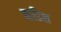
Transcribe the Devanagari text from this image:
बाडिश